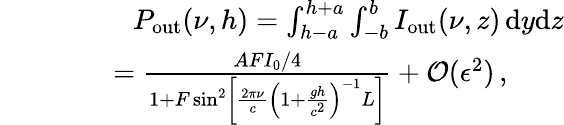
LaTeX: \begin{array}{rlr}&{}&{P_{\mathrm{out}}(\nu,h)=\int_{h-a}^{h+a}\int_{-b}^{b}I_{\mathrm{out}}(\nu,z)\, \mathrm{d}y\mathrm{d}z}\\ &{}&{\qquad=\frac{AFI_{0}/4}{1+F\sin^{2}\left[\frac{2\pi\nu}{c}\left(1+\frac{gh}{c^{2}}\right)^{-1}L\right]}+\mathcal{O}(\epsilon^{2})\, ,\qquad}\end{array}